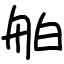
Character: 舶